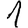
Digit: 1